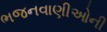
ભજનવાણીઓની